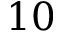
1 0